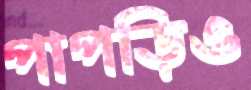
পাপড়িও